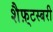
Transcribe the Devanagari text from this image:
शैफ़्टस्बरी